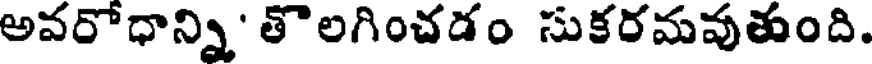
అవరోధాన్ని' తొలగించడం సుకరమవుతుంది.